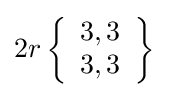
2r\left\{{\begin{array}{l}3,3\\3,3\end{array}}\right\}